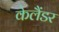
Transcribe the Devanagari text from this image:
केलैंडर